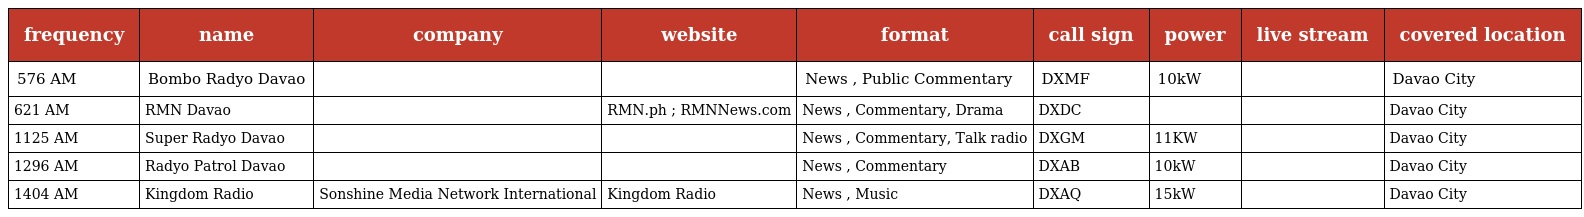
| frequency | name | company | website | format | call sign | power | live stream | covered location |
 | --- | --- | --- | --- | --- | --- | --- | --- | --- |
 | 576 AM | Bombo Radyo Davao |  |  | News , Public Commentary | DXMF | 10kW |  | Davao City |
 | 621 AM | RMN Davao |  | RMN.ph ; RMNNews.com | News , Commentary, Drama | DXDC |  |  | Davao City |
 | 1125 AM | Super Radyo Davao |  |  | News , Commentary, Talk radio | DXGM | 11KW |  | Davao City |
 | 1296 AM | Radyo Patrol Davao |  |  | News , Commentary | DXAB | 10kW |  | Davao City |
 | 1404 AM | Kingdom Radio | Sonshine Media Network International | Kingdom Radio | News , Music | DXAQ | 15kW |  | Davao City |